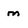
Character: m